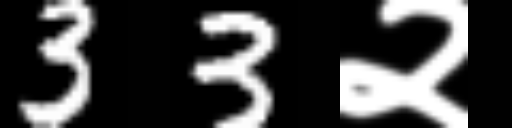
Text: 33२